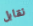
نقابل